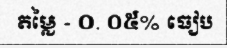
តម្លៃ - ០. ០៥% ធៀប